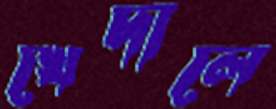
খেদালে